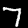
Label: 7